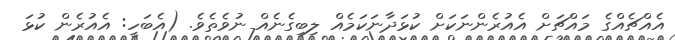
އެއްޗެއްގެ މައްޗަށް އެއުރެންނަކަށް ކުޅަދާނަކަމެއް ލިބިގެނެއް ނުވެތެވެ. (އެބަހީ: އެއުރެން ކުޅަ